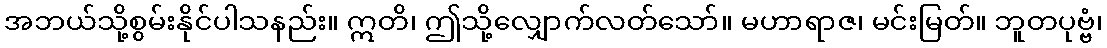
အဘယ်သို့စွမ်းနိုင်ပါသနည်း။ ဣတိ၊ ဤသို့လျှောက်လတ်သော်။ မဟာရာဇ၊ မင်းမြတ်။ ဘူတပုဗ္ဗံ၊